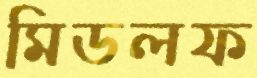
মিডলফ